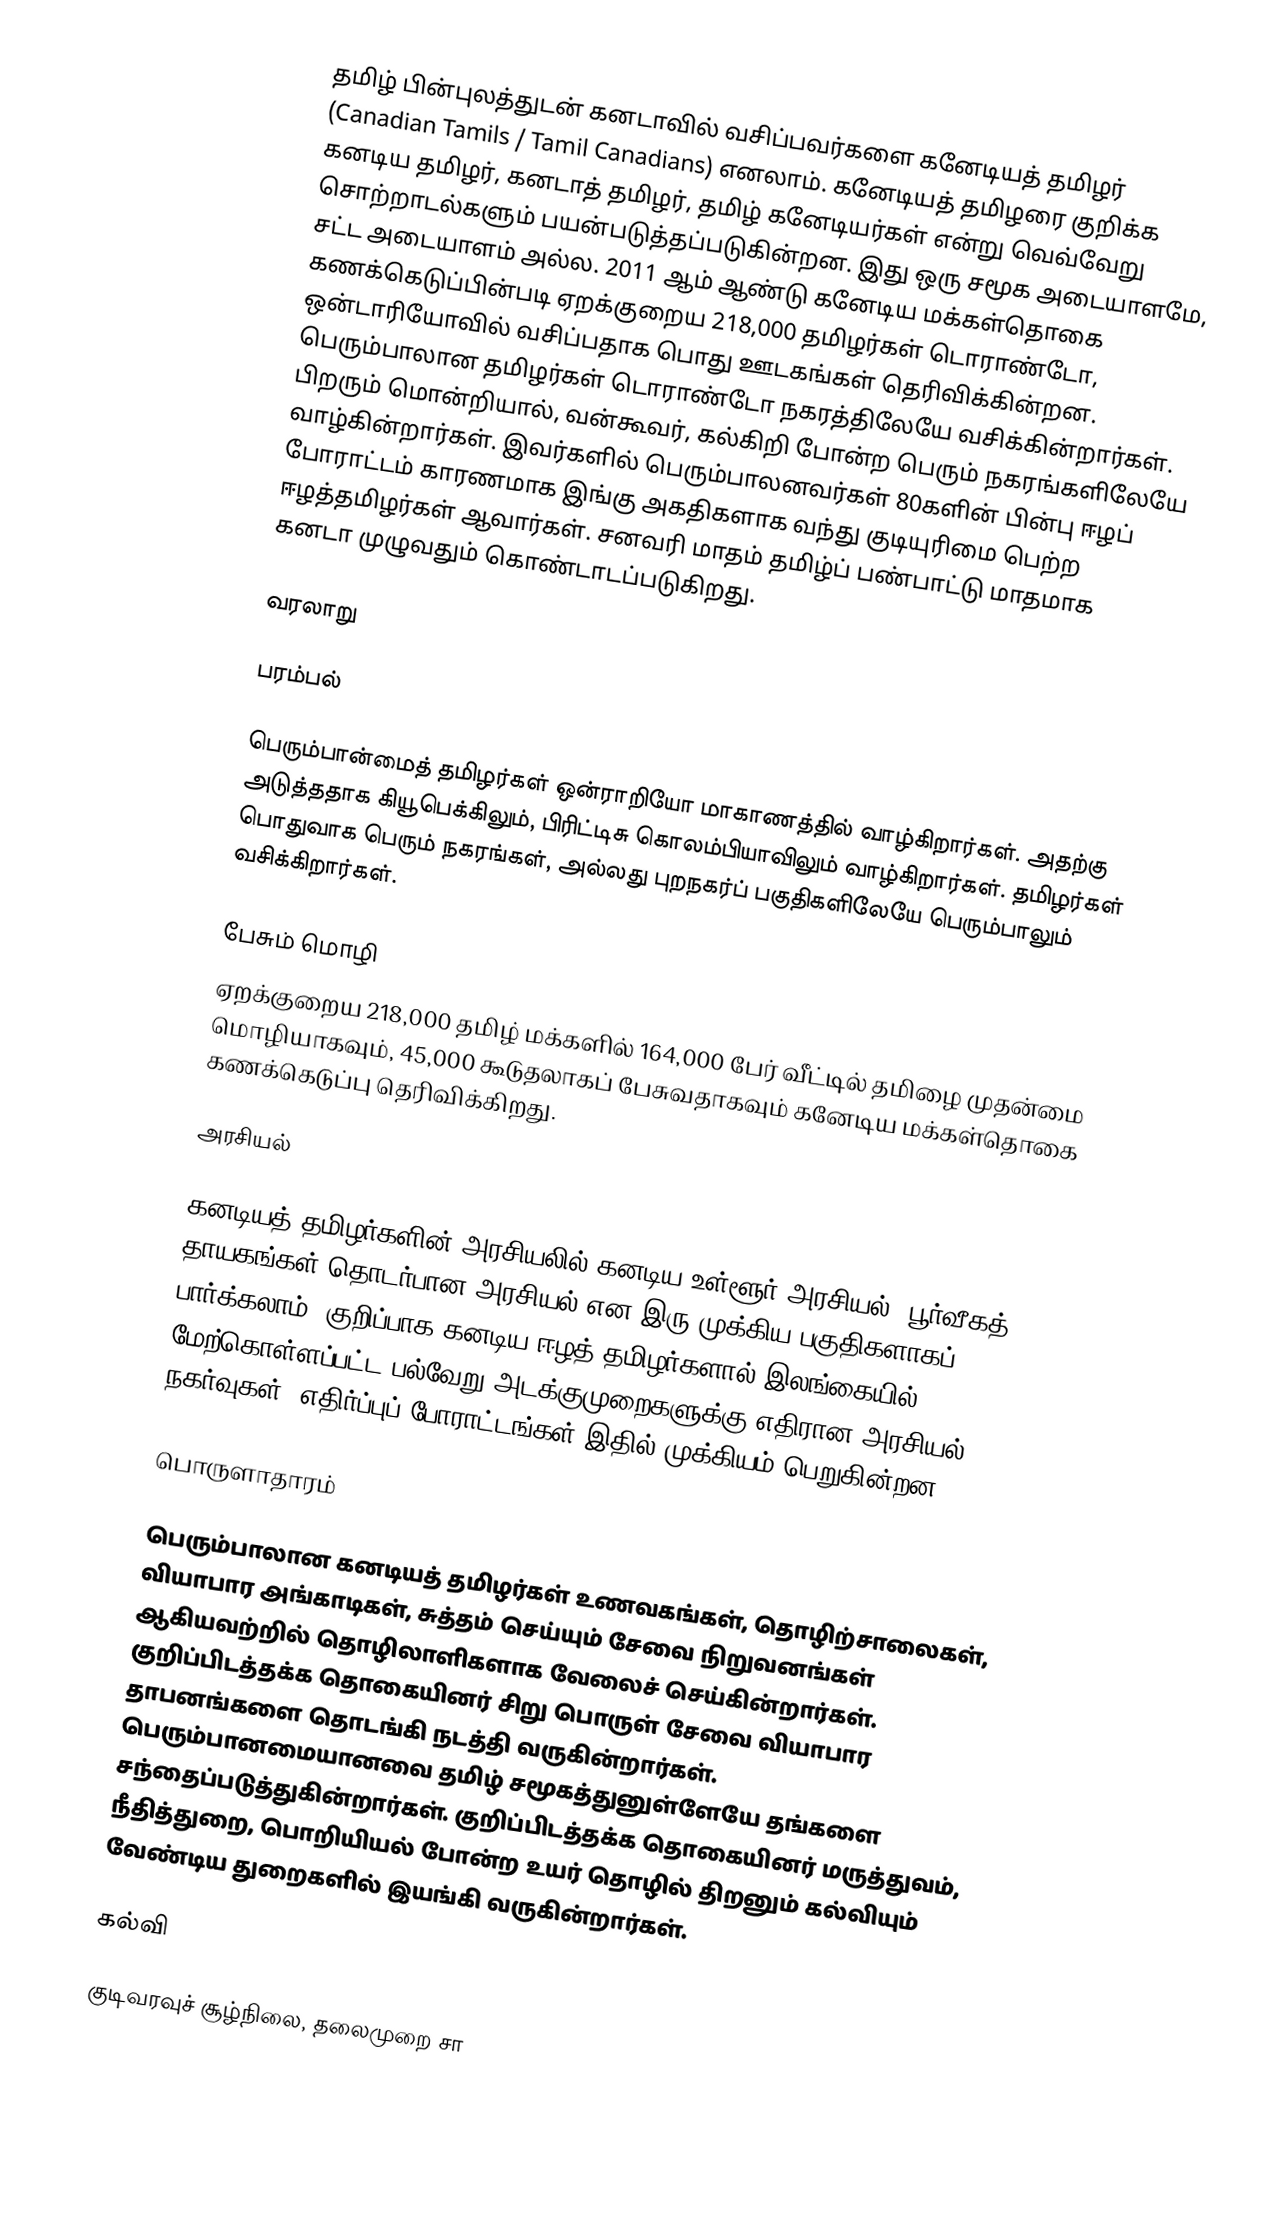
தமிழ் பின்புலத்துடன் கனடாவில் வசிப்பவர்களை கனேடியத் தமிழர் (Canadian Tamils / Tamil Canadians) எனலாம். கனேடியத் தமிழரை குறிக்க கனடிய தமிழர், கனடாத் தமிழர், தமிழ் கனேடியர்கள் என்று வெவ்வேறு சொற்றாடல்களும் பயன்படுத்தப்படுகின்றன. இது ஒரு சமூக அடையாளமே, சட்ட அடையாளம் அல்ல. 2011 ஆம் ஆண்டு கனேடிய மக்கள்தொகை கணக்கெடுப்பின்படி ஏறக்குறைய 218,000 தமிழர்கள் டொராண்டோ, ஒன்டாரியோவில் வசிப்பதாக பொது ஊடகங்கள் தெரிவிக்கின்றன. பெரும்பாலான தமிழர்கள் டொராண்டோ நகரத்திலேயே வசிக்கின்றார்கள். பிறரும் மொன்றியால், வன்கூவர், கல்கிறி போன்ற பெரும் நகரங்களிலேயே வாழ்கின்றார்கள்.  இவர்களில் பெரும்பாலனவர்கள் 80களின் பின்பு ஈழப் போராட்டம் காரணமாக இங்கு அகதிகளாக வந்து குடியுரிமை பெற்ற ஈழத்தமிழர்கள் ஆவார்கள். சனவரி மாதம் தமிழ்ப் பண்பாட்டு மாதமாக கனடா முழுவதும் கொண்டாடப்படுகிறது.

வரலாறு

பரம்பல்

பெரும்பான்மைத் தமிழர்கள் ஒன்ராறியோ மாகாணத்தில் வாழ்கிறார்கள். அதற்கு அடுத்ததாக கியூபெக்கிலும், பிரிட்டிசு கொலம்பியாவிலும் வாழ்கிறார்கள்.  தமிழர்கள் பொதுவாக பெரும் நகரங்கள், அல்லது புறநகர்ப் பகுதிகளிலேயே பெரும்பாலும் வசிக்கிறார்கள்.

பேசும் மொழி
ஏறக்குறைய 218,000 தமிழ் மக்களில் 164,000 பேர் வீட்டில் தமிழை முதன்மை மொழியாகவும், 45,000 கூடுதலாகப் பேசுவதாகவும் கனேடிய மக்கள்தொகை கணக்கெடுப்பு தெரிவிக்கிறது.

அரசியல்

கனடியத் தமிழர்களின் அரசியலில் கனடிய உள்ளூர் அரசியல், பூர்வீகத் தாயகங்கள் தொடர்பான அரசியல் என இரு முக்கிய பகுதிகளாகப் பார்க்கலாம். குறிப்பாக கனடிய ஈழத் தமிழர்களால் இலங்கையில் மேற்கொள்ளப்பட்ட பல்வேறு அடக்குமுறைகளுக்கு எதிரான அரசியல் நகர்வுகள், எதிர்ப்புப் போராட்டங்கள் இதில் முக்கியம் பெறுகின்றன.

பொருளாதாரம்

பெரும்பாலான கனடியத் தமிழர்கள் உணவகங்கள், தொழிற்சாலைகள், வியாபார அங்காடிகள், சுத்தம் செய்யும் சேவை நிறுவனங்கள் ஆகியவற்றில் தொழிலாளிகளாக வேலைச் செய்கின்றார்கள். குறிப்பிடத்தக்க தொகையினர் சிறு பொருள் சேவை வியாபார தாபனங்களை தொடங்கி நடத்தி வருகின்றார்கள். பெரும்பானமையானவை தமிழ் சமூகத்துனுள்ளேயே தங்களை சந்தைப்படுத்துகின்றார்கள். குறிப்பிடத்தக்க தொகையினர் மருத்துவம், நீதித்துறை, பொறியியல் போன்ற உயர் தொழில் திறனும் கல்வியும் வேண்டிய துறைகளில் இயங்கி வருகின்றார்கள்.

கல்வி

குடிவரவுச் சூழ்நிலை, தலைமுறை சா